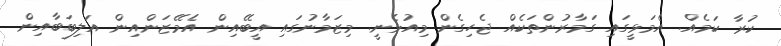
ކުރާ ކަމެއް. އެމަޅީގައި ގަމާރުންތަކެއް ޖެހިގެން މިއުޅެނީ. މިޒަމާނުގައި އީބޭއިން އެމޭޒަންއިން އަލިބަބާއިން